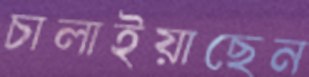
চালাইয়াছেন